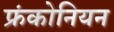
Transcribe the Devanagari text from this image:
फ्रंकोनियन